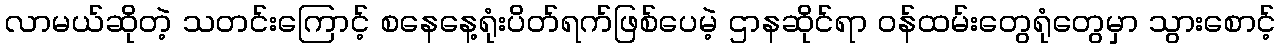
လာမယ်ဆိုတဲ့ သတင်းကြောင့် စနေနေ့ရုံးပိတ်ရက်ဖြစ်ပေမဲ့ ဌာနဆိုင်ရာ ဝန်ထမ်းတွေရုံတွေမှာ သွားစောင့်